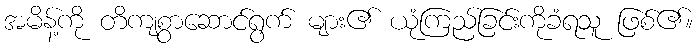
အမိန့်ကို တိကျစွာဆောင်ရွက် များ၏ ယုံကြည်ခြင်းကိုခံရသူ ဖြစ်၏။